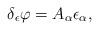
LaTeX: \begin{align*}\delta _\epsilon \varphi =A_\alpha \epsilon _\alpha ,\end{align*}